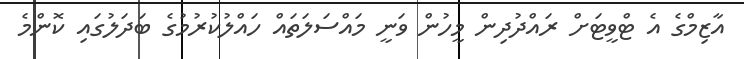
އާޒިމްގެ އެ ޓްވީޓަށް ރައްދުދިން މީހުން ވަނީ މައްސަލަތައް ހައްލުކުރުމުގެ ބަދަލުގައި ކޮންމެ